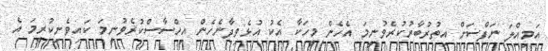
އަމިއްލަ ނަފްސަށް އިތުރުބާރުކުރެވުނީމަ އެހެން މީހަކާ އެކު އުޅެވިދާނެހެން އިހްސާސްކުރެވުނީމަ ކައިވެނިކުރީމަ އެ